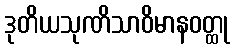
ဒုတိယသုဏိသာဝိမာနဝတ္ထု